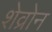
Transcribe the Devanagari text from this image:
शेव्रोन